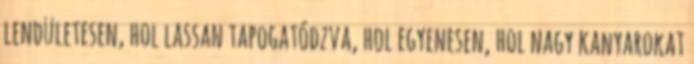
lendületesen, hol lassan tapogatódzva, hol egyenesen, hol nagy kanyarokat